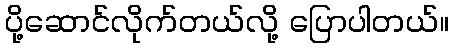
ပို့ဆောင်လိုက်တယ်လို့ ပြောပါတယ်။